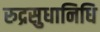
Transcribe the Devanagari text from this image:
रुद्रसुधानिधि